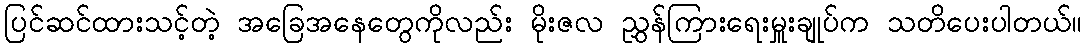
ပြင်ဆင်ထားသင့်တဲ့ အခြေအနေတွေကိုလည်း မိုးဇလ ညွှန်ကြားရေးမှူးချုပ်က သတိပေးပါတယ်။